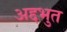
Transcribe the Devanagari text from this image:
अद्दभुत